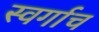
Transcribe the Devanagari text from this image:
स्वर्गाच